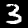
Digit: 3